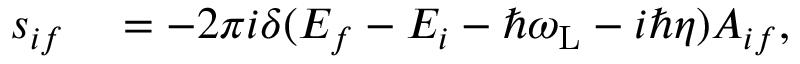
\begin{array} { r l } { s _ { i f } } & { { } = - 2 \pi i \delta ( E _ { f } - E _ { i } - \hbar \omega _ { \mathrm { L } } - i \hbar \eta ) A _ { i f } , } \end{array}